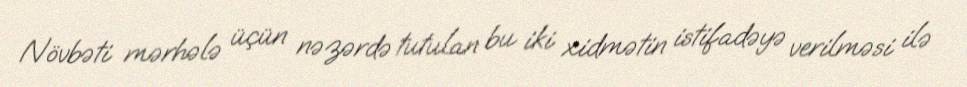
Növbəti mərhələ üçün nəzərdə tutulan bu iki xidmətin istifadəyə verilməsi ilə